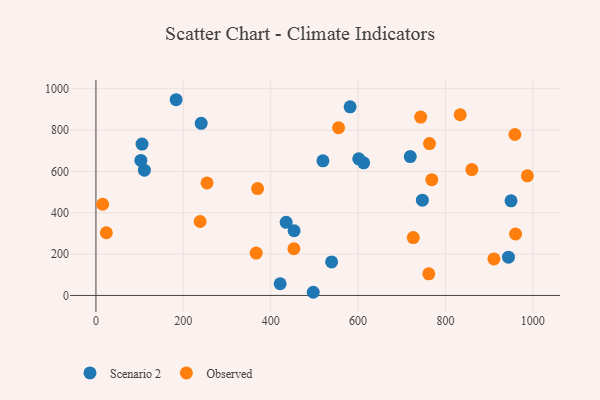
{"axis": {"x": "Speed", "y": "Salary"}, "legend": ["Observed", "Scenario 2"], "data": [{"x": "453.6", "y": 312.8, "type": "Scenario 2"}, {"x": "944.3", "y": 185.1, "type": "Scenario 2"}, {"x": "105.5", "y": 732.4, "type": "Scenario 2"}, {"x": "102.8", "y": 652.9, "type": "Scenario 2"}, {"x": "421.7", "y": 56.6, "type": "Scenario 2"}, {"x": "747.2", "y": 460.6, "type": "Scenario 2"}, {"x": "950.2", "y": 457.6, "type": "Scenario 2"}, {"x": "539.5", "y": 162.0, "type": "Scenario 2"}, {"x": "110.9", "y": 606.0, "type": "Scenario 2"}, {"x": "612.8", "y": 641.3, "type": "Scenario 2"}, {"x": "435.4", "y": 353.5, "type": "Scenario 2"}, {"x": "601.6", "y": 660.9, "type": "Scenario 2"}, {"x": "519.6", "y": 651.1, "type": "Scenario 2"}, {"x": "719.5", "y": 671.5, "type": "Scenario 2"}, {"x": "581.9", "y": 912.2, "type": "Scenario 2"}, {"x": "240.9", "y": 832.5, "type": "Scenario 2"}, {"x": "497.4", "y": 15.3, "type": "Scenario 2"}, {"x": "183.5", "y": 946.7, "type": "Scenario 2"}, {"x": "23.8", "y": 303.3, "type": "Observed"}, {"x": "860.5", "y": 608.7, "type": "Observed"}, {"x": "768.8", "y": 559.8, "type": "Observed"}, {"x": "453.1", "y": 225.9, "type": "Observed"}, {"x": "987.6", "y": 578.8, "type": "Observed"}, {"x": "366.8", "y": 205.0, "type": "Observed"}, {"x": "960.5", "y": 297.3, "type": "Observed"}, {"x": "555.4", "y": 811.2, "type": "Observed"}, {"x": "833.9", "y": 874.0, "type": "Observed"}, {"x": "254.3", "y": 544.2, "type": "Observed"}, {"x": "911.0", "y": 176.8, "type": "Observed"}, {"x": "238.5", "y": 357.7, "type": "Observed"}, {"x": "726.4", "y": 280.0, "type": "Observed"}, {"x": "959.1", "y": 778.5, "type": "Observed"}, {"x": "370.0", "y": 516.8, "type": "Observed"}, {"x": "763.5", "y": 734.7, "type": "Observed"}, {"x": "743.4", "y": 862.7, "type": "Observed"}, {"x": "761.9", "y": 104.4, "type": "Observed"}, {"x": "15.3", "y": 441.0, "type": "Observed"}]}